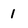
Character: 1